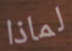
لماذا